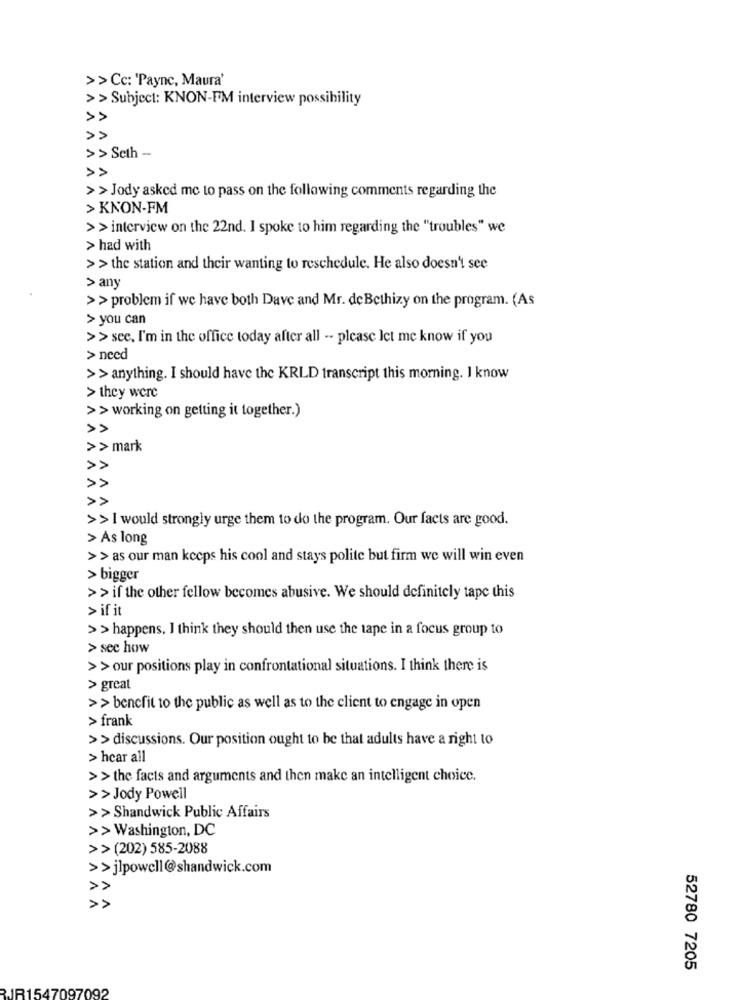
>>Cc: 'Payne, Maura'
>> Subject: KNON-FM interview possibility
V
> > Seth -
>> Jody asked me to pass on the following comments regarding the
> KNON-FM
>> interview on the 22nd. I spoke to him regarding the "troubles" we
> had with
>> the station and their wanting to reschedule. He also doesn't see
> any
> > problem if we have both Dave and Mr. de Bethizy on the program. (As
> you can
>> see, I'm in the office today after all -- please let me know if you
> need
>> anything. I should have the KRLD transcript this morning. I know
> they were
>> working on getting it together.)
VVVV
>> mark
V
>>
>> I would strongly urge them to do the program. Our facts are good.
> As long
>> as our man keeps his cool and stays polite but firm we will win even
> bigger
>> if the other fellow becomes abusive. We should definitely tape this
> if it
> > happens. I think they should then use the tape in a focus group to
> see how
>> our positions play in confrontational situations. I think there is
> great
>> benefit to the public as well as to the client to engage in open
> frank
>> discussions. Our position ought to be that adults have a right to
> hear all
> > the facts and arguments and then make an intelligent choice.
>>Jody Powell
>> Shandwick Public Affairs
>> Washington, DC
>> (202) 585-2088
>> jlpowell@shandwick.com
52780 7205
RJR1547097092